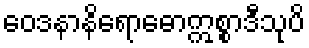
ဝေဒနာနိရောဓောဣစ္စာဒီသုပိ